Sleeping sickness
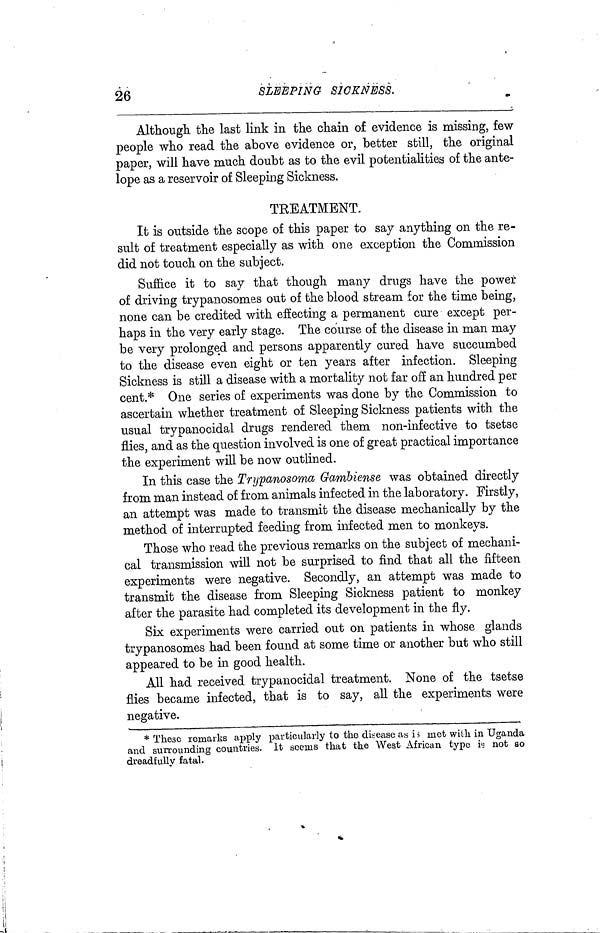
26
SLEEPING
SICKNESS.
Although the last link in the chain of evidence is missing, few
people who read the above evidence or, better still, the original
paper, will have much doubt as to the evil potentialities of the ante-
lope as a reservoir of Sleeping Sickness.
TREATMENT,
It is outside the scope of this paper to say anything on the re-
sult of treatment especially as with one exception the Commission
did not touch on the subject.
Suffice it to say that though many drugs have the power
of driving trypanosomes out of the blood stream for the time being,
none can be credited with effecting a permanent cure except per-
haps in the very early stage. The course of the disease in man may
be very prolonged and persons apparently cured have succumbed
to the disease even eight or ten years after infection. Sleeping
Sickness is still a disease with a mortality not far off an hundred per
cent.* One series of experiments was done by the Commission to
ascertain whether treatment of Sleeping Sickness patients with the
usual trypanocidal drugs rendered them non-infective to tsetse
flies, and as the question involved is one of great practical importance
the experiment will be now outlined.
In this case the Trypanosoma Gambiense was obtained directly
from man instead of from animals infected in the laboratory. Firstly,
an attempt was made to transmit the disease mechanically by the
method of interrupted feeding from infected men to monkeys.
Those who read the previous remarks on the subject of mechani-
cal transmission will not be surprised to find that all the fifteen
experiments were negative. Secondly, an attempt was made to
transmit the disease from Sleeping Sickness patient to monkey
after the parasite had completed its development in the fly.
Six experiments were carried out on patients in whose glands
trypanosomes had been found at some time or another but who still
appeared to be in good health.
All had received trypanocidal treatment. None of the tsetse
flies became infected, that is to say, all the experiments were
negative.
* These remarks apply particularly to the disease as is met with in Uganda
and surrounding countries. It acems that the West African type is not so
dreadfully fatal.